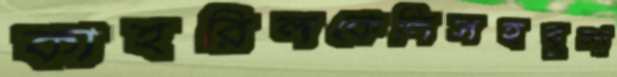
কাহরিলকেলিসহবুলা